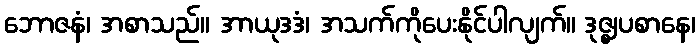
ဘောဇနံ၊ အစာသည်။ အာယုဒဒံ၊ အသက်ကိုပေးနိုင်ပါလျက်။ ဒုဇ္ဈပစာနေ၊